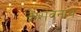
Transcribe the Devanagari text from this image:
केशवनाथ